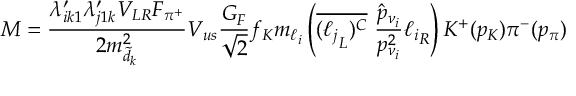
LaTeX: { \cal M } = { \frac { \lambda _ { i k 1 } ^ { \prime } \lambda _ { j 1 k } ^ { \prime } V _ { L R } F _ { \pi ^ { + } } } { 2 m _ { \tilde { d } _ { k } } ^ { 2 } } } V _ { u s } \frac { G _ { F } } { \sqrt { 2 } } f _ { K } m _ { \ell _ { i } } \left( \overline { { { ( { \ell _ { j } } _ { L } ) ^ { C } } } } ~ { \frac { \hat { p } _ { \nu _ { i } } } { p _ { \nu _ { i } } ^ { 2 } } } { \ell _ { i } } _ { R } \right) K ^ { + } ( p _ { K } ) \pi ^ { - } ( p _ { \pi } )